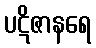
ပဋိဇာနရေ